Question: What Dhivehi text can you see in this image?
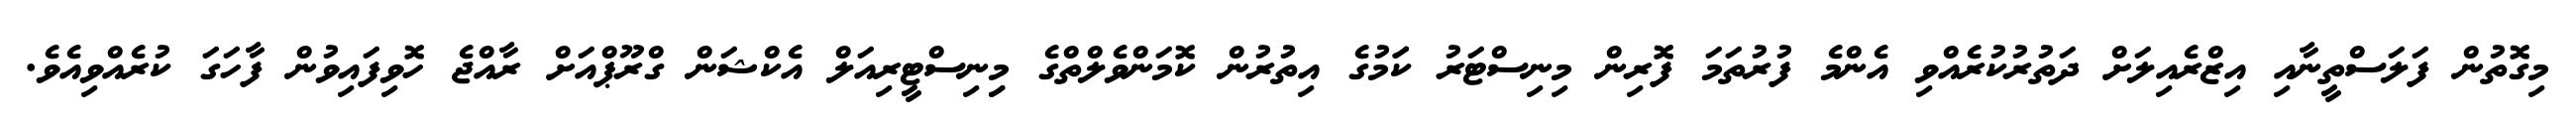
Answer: މިގޮތުން ފަލަސްތީނާއި އިޒްރެއިލަށް ދަތުރުކުރެއްވި އެންމެ ފުރުތަމަ ފޮރިން މިނިސްޓަރު ކަަމުގެ އިތުރުން ކޮމަންވެލްތްގެ މިިނިސްޓީރިއަލް އެކްޝަން ގްރޫޕްއަށް ރާއްޖެ ހޮވިފައިވުން ފާހަގަ ކުރެއްވިއެވެ.